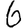
Digit: 6